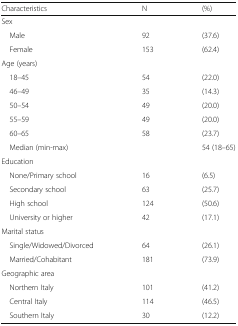
<table><thead><tr><td><b>Characteristics</b></td><td><b>N</b></td><td><b>(%)</b></td></tr></thead><tbody><tr><td colspan="3">Sex</td></tr><tr><td> Male</td><td>92</td><td>(37.6)</td></tr><tr><td> Female</td><td>153</td><td>(62.4)</td></tr><tr><td colspan="3">Age (years)</td></tr><tr><td> 18–45</td><td>54</td><td>(22.0)</td></tr><tr><td> 46–49</td><td>35</td><td>(14.3)</td></tr><tr><td> 50–54</td><td>49</td><td>(20.0)</td></tr><tr><td> 55–59</td><td>49</td><td>(20.0)</td></tr><tr><td> 60–65</td><td>58</td><td>(23.7)</td></tr><tr><td> Median (min-max)</td><td></td><td>54 (18–65)</td></tr><tr><td colspan="3">Education</td></tr><tr><td> None/Primary school</td><td>16</td><td>(6.5)</td></tr><tr><td> Secondary school</td><td>63</td><td>(25.7)</td></tr><tr><td> High school</td><td>124</td><td>(50.6)</td></tr><tr><td> University or higher</td><td>42</td><td>(17.1)</td></tr><tr><td colspan="3">Marital status</td></tr><tr><td> Single/Widowed/Divorced</td><td>64</td><td>(26.1)</td></tr><tr><td> Married/Cohabitant</td><td>181</td><td>(73.9)</td></tr><tr><td colspan="3">Geographic area</td></tr><tr><td> Northern Italy</td><td>101</td><td>(41.2)</td></tr><tr><td> Central Italy</td><td>114</td><td>(46.5)</td></tr><tr><td> Southern Italy</td><td>30</td><td>(12.2)</td></tr></tbody></table>